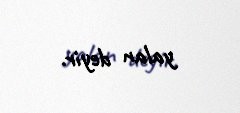
yalan deyir.